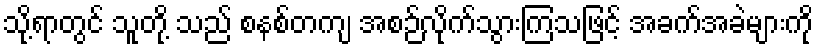
သို့ရာတွင် သူတို့ သည် စနစ်တကျ အစဉ်လိုက်သွားကြသဖြင့် အခက်အခဲများကို